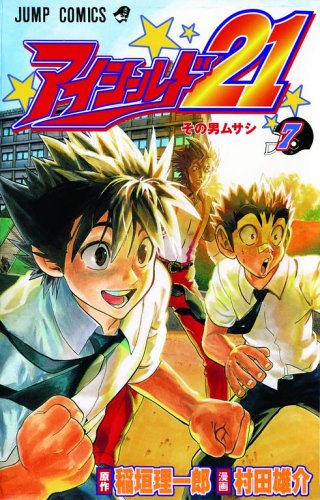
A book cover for Eyeshield 21, Vol. 7; Riichiro Inagaki; Comics & Graphic Novels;